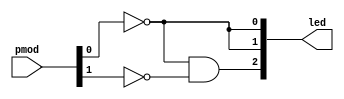
// Module: button 0 lights up 2 LEDs, button 0 and 1 light up another
module and_gate (

    // Inputs
    input   [1:0]   pmod,

    // Outputs
    output  [2:0]   led
);

    // Wire (net) declarations (internal to module)
    wire not_pmod_0;
    
    // Continuous assignment: replicate 1 wire to 2 outputs
    assign not_pmod_0 = ~pmod[0];
    assign led[1:0] = {2{not_pmod_0}};

    // Continuous assignment: NOT and AND operators
    assign led[2] = not_pmod_0 & ~pmod[1];

endmodule